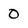
Character: 0